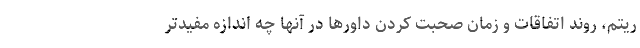
ریتم، روند اتفاقات و زمان صحبت کردن داورها در آنها چه اندازه مفیدتر